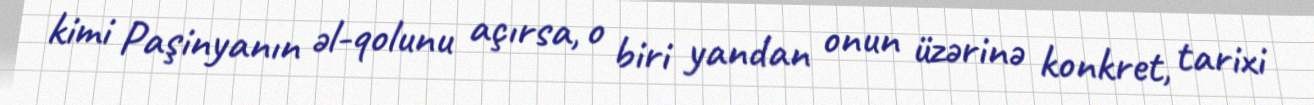
kimi Paşinyanın əl-qolunu açırsa, o biri yandan onun üzərinə konkret, tarixi